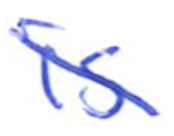
Text: is
Cross-out: diagonal
Writing tool: ballpoint